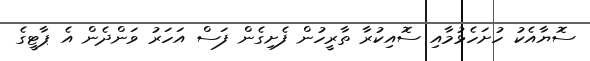
ސޮޔާއެކު ހުށަހެޅުމާއި ސޮއިކުރާ ތާރީހުން ފެށިގެން ފަސް އަހަރު ވަންދެން އެ ޕާޓީގެ